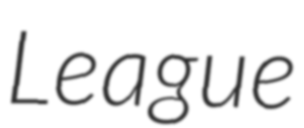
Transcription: League